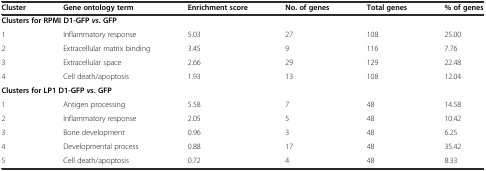
| Cluster | Gene ontology term | Enrichment score | No. of genes | Total genes | % of genes |
 | --- | --- | --- | --- | --- | --- |
 | <COLSPAN=6> Clusters for RPMI D1-GFPvs. GFP |
 | 1 | Inflammatory response | 5.03 | 27 | 108 | 25.00 |
 | 2 | Extracellular matrix binding | 3.45 | 9 | 116 | 7.76 |
 | 3 | Extracellular space | 2.66 | 29 | 129 | 22.48 |
 | 4 | Cell death/apoptosis | 1.93 | 13 | 108 | 12.04 |
 | <COLSPAN=6> Clusters for LP1 D1-GFPvs. GFP |
 | 1 | Antigen processing | 5.58 | 7 | 48 | 14.58 |
 | 2 | Inflammatory response | 2.05 | 5 | 48 | 10.42 |
 | 3 | Bone development | 0.96 | 3 | 48 | 6.25 |
 | 4 | Developmental process | 0.88 | 17 | 48 | 35.42 |
 | 5 | Cell death/apoptosis | 0.72 | 4 | 48 | 8.33 |